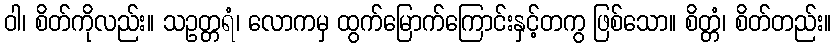
ဝါ၊ စိတ်ကိုလည်း။ သဥတ္တရံ၊ လောကမှ ထွက်မြောက်ကြောင်းနှင့်တကွ ဖြစ်သော။ စိတ္တံ၊ စိတ်တည်း။